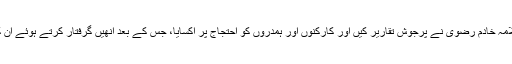
دھرنوں کے دوران شعلہ بیان علامہ خادم رضوی نے پرجوش تقاریر کیں اور کارکنوں اور ہمدروں کو احتجاج پر اکسایا، جس کے بعد انھیں گرفتار کرتے ہوئے ان کا میڈیا بلیک آؤٹ کر دیا گیا تھا۔